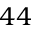
4 4